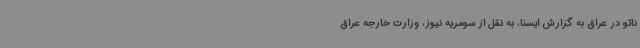
ناتو در عراق به گزارش ایسنا، به نقل از سومریه نیوز، وزارت خارجه عراق